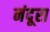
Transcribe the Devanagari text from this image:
नंदूरा